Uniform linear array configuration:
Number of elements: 24
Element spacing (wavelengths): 1
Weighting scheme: cosine
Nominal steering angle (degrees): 60
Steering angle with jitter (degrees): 61.238
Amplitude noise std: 0.05
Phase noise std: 0.05

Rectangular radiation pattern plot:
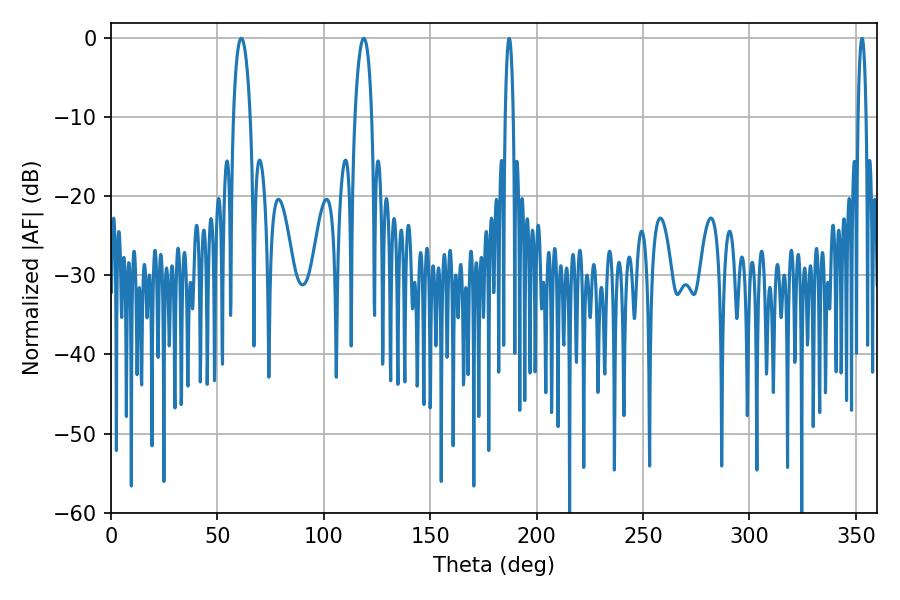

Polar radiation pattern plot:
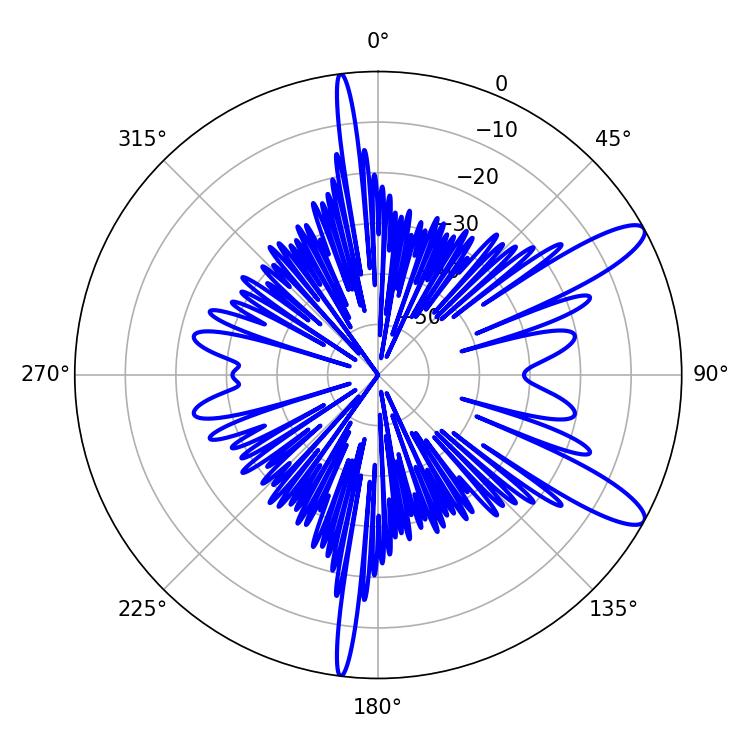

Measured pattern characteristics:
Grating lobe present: TRUE
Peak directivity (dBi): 11.509
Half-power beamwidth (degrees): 4.5
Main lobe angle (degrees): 61.2